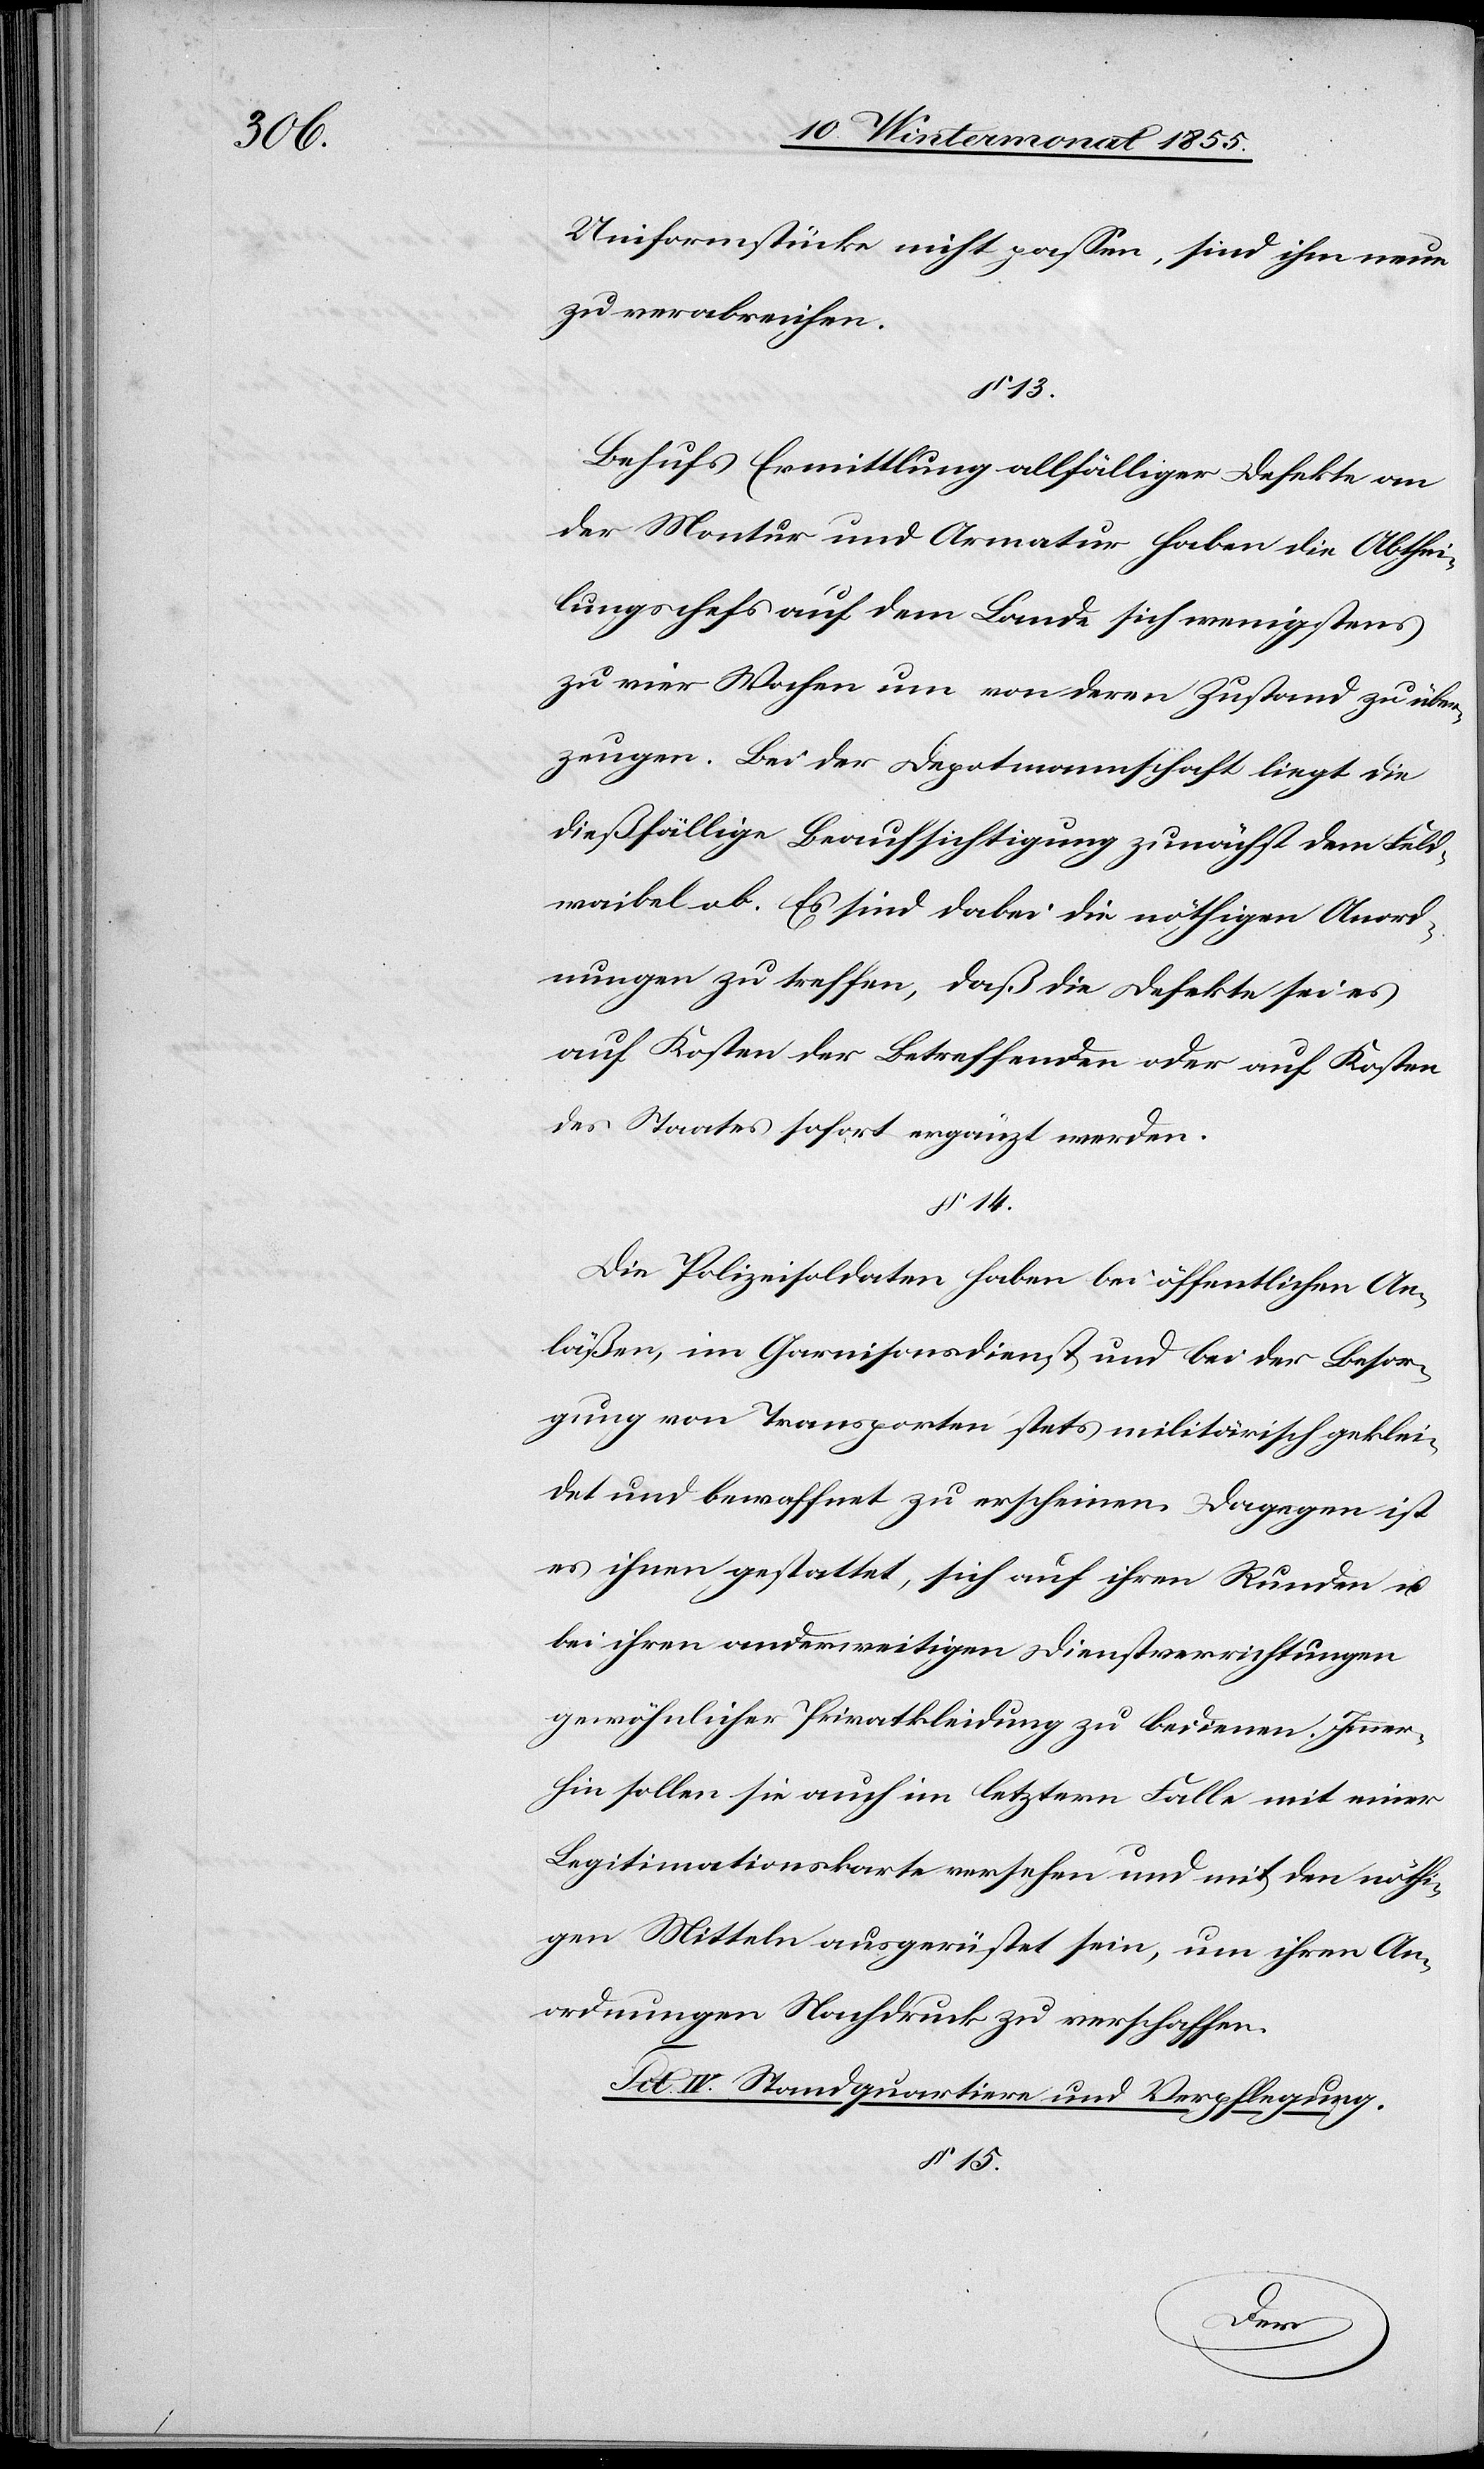
Uniformstücke nicht passen, sind ihm neue
zu verabreichen.
Behufs Ermittlung allfälliger Defekte an
der Montur und Armatur haben die Abthei¬
lungschefs auf dem Lande sich wenigstens
zu vier Wochen um von deren Zustand zu über¬
zeugen. Bei der Depotmannschaft liegt die
dießfällige Beaufsichtigung zunächst dem Feld¬
waibel ob. Es sind dabei die nöthigen Anord¬
nungen zu treffen, daß die Defekte sei es
auf Kosten der Betreffenden oder auf Kosten
des Staates sofort ergänzt werden.
§ 14.
Die Polizeisoldaten haben bei öffentlichen An¬
läßen, im Garnisonsdienst und bei der Besor¬
gung von Transporten stets militärisch geklei¬
det und bewaffnet zu erscheinen. Dagegen ist
es ihnen gestattet, sich auf ihren Runden u.
bei ihren anderweitigen Dienstverrichtungen
gewöhnlicher Privatkleidung zu bedienen. Immer¬
hin sollen sie auch im letztern Falle mit einer
Legitimationskarte versehen und mit den nöthi¬
gen Mitteln ausgerüstet sein, um ihren An¬
ordnungen Nachdruck zu verschaffen.
Tit. IV. Standquartiere und Verpflegung.
§ 15.